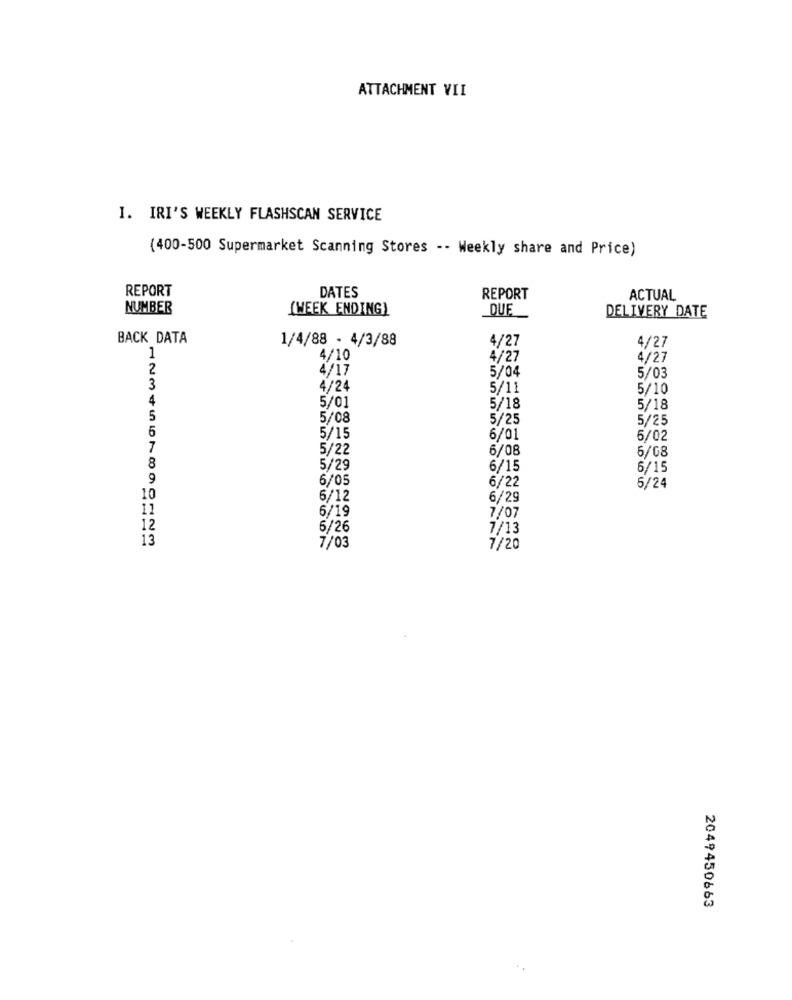
ATTACHMENT VII
I. IRI'S WEEKLY FLASHSCAN SERVICE
(400-500 Supermarket Scanning Stores -- Weekly share and Price)
REPORT
DATES
REPORT
ACTUAL
NUMBER
[WEEK ENDING)
DUE
DELIVERY DATE
BACK DATA
1/4/88 - 4/3/88
4/27
4/27
1
4/10
4/27
4/27
2
4/17
5/04
5/03
3
4/24
5/11
5/10
4
5/01
5/18
5/18
5
5/08
5/25
5/25
6
5/15
6/01
6/02
7
5/22
6/08
6/08
8
5/29
6/15
6/15
9
6/05
6/22
5/24
10
6/12
6/29
11
6/19
7/07
6/26
7/13
13
7/03
7/20
2049450663